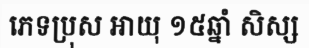
ភេទប្រុស អាយុ ១៥ឆ្នាំ សិស្ស